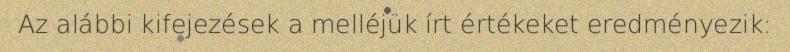
Az alábbi kifejezések a melléjük írt értékeket eredményezik: